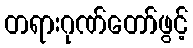
တရားဂုဏ်တော်ဖွင့်